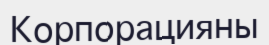
Корпорацияны